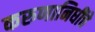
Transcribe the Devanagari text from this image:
करुणानिधींचे